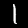
Label: 1